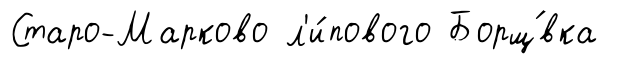
Старо-Марково л'и́пового Борщ́вка